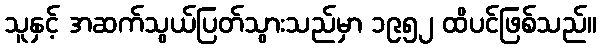
သူနှင့် အဆက်သွယ်ပြတ်သွားသည်မှာ ၁၉၅၂ ထိပင်ဖြစ်သည်။